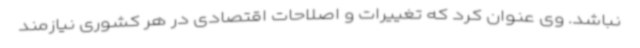
نباشد. وی عنوان کرد که تغییرات و اصلاحات اقتصادی در هر کشوری نیازمند